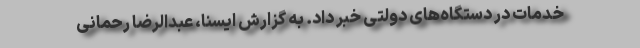
خدمات در دستگاه‌های دولتی خبر داد. به گزارش ایسنا، عبدالرضا رحمانی